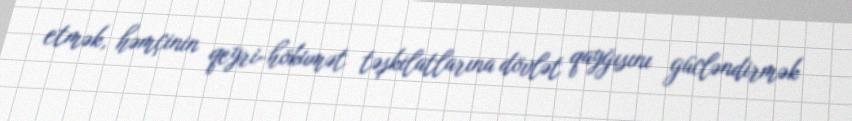
etmək, həmçinin qeyri-hökumət təşkilatlarına dövlət qayğısını gücləndirmək